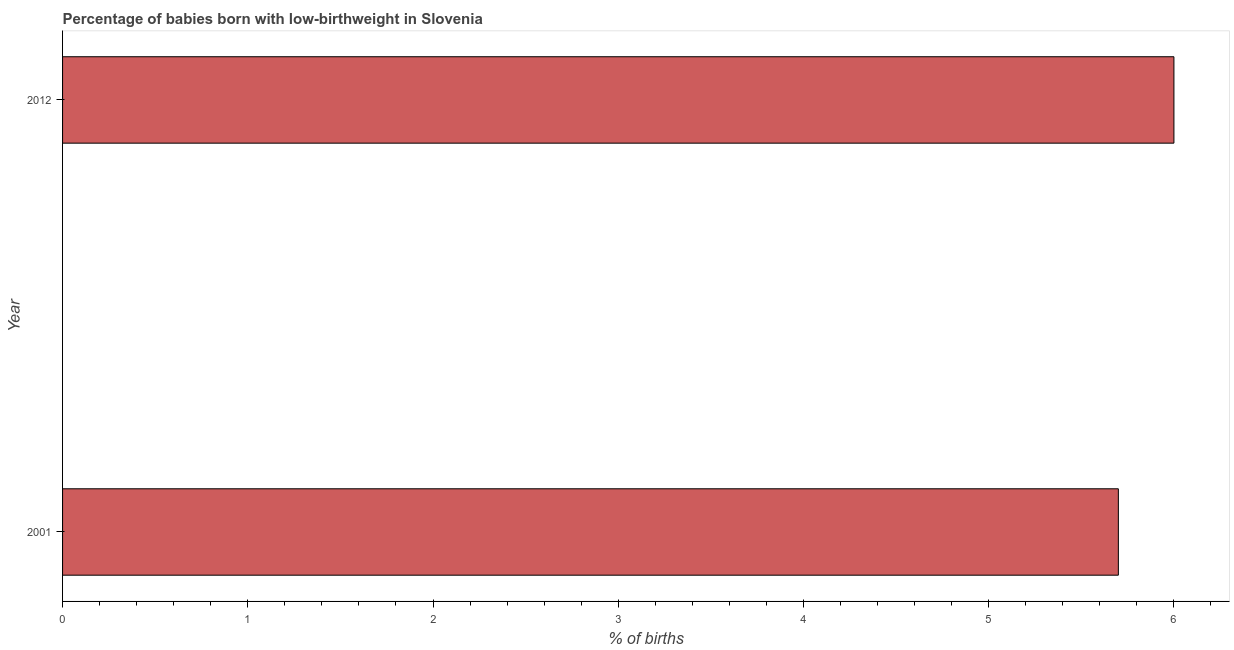
| Year | Low-birthweight babies |
 | --- | --- |
 | 2001 | 5.7 |
 | 2012 | 6 |